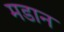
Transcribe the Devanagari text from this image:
मडान